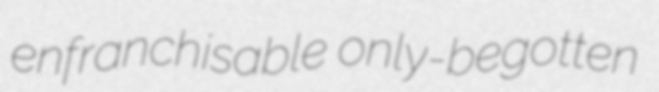
enfranchisable only-begotten